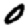
Digit: 0